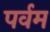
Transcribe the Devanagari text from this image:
पर्वम